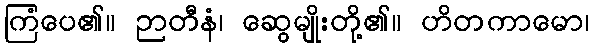
ကြံပေ၏။ ဉာတီနံ၊ ဆွေမျိုးတို့၏။ ဟိတကာမော၊